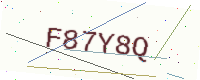
Text: F87Y8Q